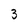
Character: 3